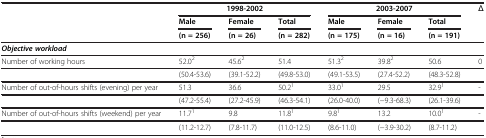
<table><thead><tr><td rowspan="2"><b> </b></td><td colspan="3"><b>1998-2002</b></td><td colspan="3"><b>2003-2007</b></td><td rowspan="3"><b>Δ</b></td></tr><tr><td><b>Male</b></td><td><b>Female</b></td><td><b>Total</b></td><td><b>Male</b></td><td><b>Female</b></td><td><b>Total</b></td></tr><tr><td><b> </b></td><td><b>(n = 256)</b></td><td><b>(n = 26)</b></td><td><b>(n = 282)</b></td><td><b>(n = 175)</b></td><td><b>(n = 16)</b></td><td><b>(n = 191)</b></td><td><b> </b></td></tr></thead><tbody><tr><td colspan="8"><b><i>Objective workload</i></b></td></tr><tr><td>Number of working hours</td><td>52.0<sup>2</sup></td><td>45.6<sup>2</sup></td><td>51.4</td><td>51.3<sup>2</sup></td><td>39.8<sup>2</sup></td><td>50.6</td><td>0</td></tr><tr><td> </td><td>(50.4-53.6)</td><td>(39.1-52.2)</td><td>(49.8-53.0)</td><td>(49.1-53.5)</td><td>(27.4-52.2)</td><td>(48.3-52.8)</td><td> </td></tr><tr><td>Number of out-of-hours shifts (evening) per year</td><td>51.3</td><td>36.6</td><td>50.2<sup>1</sup></td><td>33.0<sup>1</sup></td><td>29.5</td><td>32.9<sup>1</sup></td><td>-</td></tr><tr><td> </td><td>(47.2-55.4)</td><td>(27.2-45.9)</td><td>(46.3-54.1)</td><td>(26.0-40.0)</td><td>(−9.3-68.3)</td><td>(26.1-39.6)</td><td> </td></tr><tr><td>Number of out-of-hours shifts (weekend) per year</td><td>11.7<sup>1</sup></td><td>9.8</td><td>11.8<sup>1</sup></td><td>9.8<sup>1</sup></td><td>13.2</td><td>10.0<sup>1</sup></td><td>-</td></tr><tr><td> </td><td>(11.2-12.7)</td><td>(7.8-11.7)</td><td>(11.0-12.5)</td><td>(8.6-11.0)</td><td>(−3.9-30.2)</td><td>(8.7-11.2)</td><td> </td></tr></tbody></table>